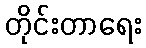
တိုင်းတာရေး